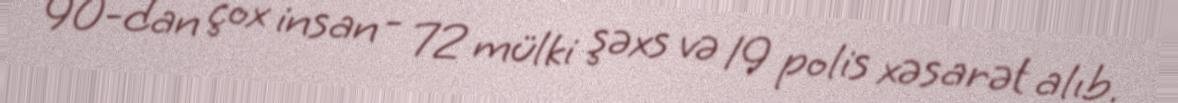
90-dan çox insan - 72 mülki şəxs və 19 polis xəsarət alıb.